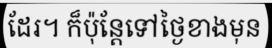
ដែរ។ ក៏ប៉ុន្តែទៅថ្ងៃខាងមុន